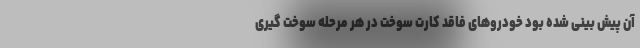
آن پیش بینی شده بود خودروهای فاقد کارت سوخت در هر مرحله سوخت گیری